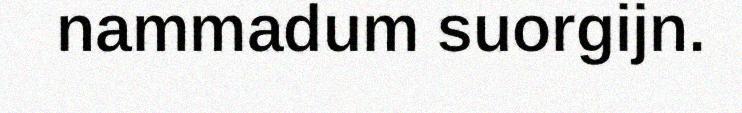
nammadum suorgijn.